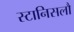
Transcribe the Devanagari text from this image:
स्टानिसलौ